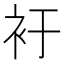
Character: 衧